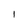
Character: I